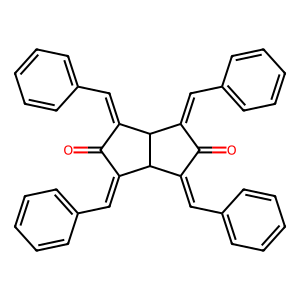
SMILES: O=C1C(=Cc2ccccc2)C2C(=Cc3ccccc3)C(=O)C(=Cc3ccccc3)C2C1=Cc1ccccc1
Inhibits HIV replication: No